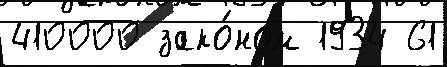
410000 зако́ном 1934 61